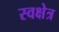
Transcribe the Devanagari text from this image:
स्वक्षेत्र